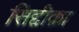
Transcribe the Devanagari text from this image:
सिद्दीक़ा